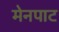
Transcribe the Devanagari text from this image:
मेनपाट